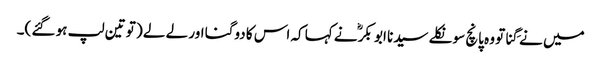
میں نے گِنا تو وہ پانچ سو نکلے سیدنا ابو بکرؓ نے کہا کہ اس کا دوگنا اور لے لے ( تو تین لپ ہو گئے )۔